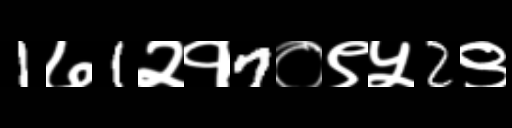
Text: 1७1२१7०९५2९